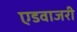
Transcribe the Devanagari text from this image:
एडवाजरी